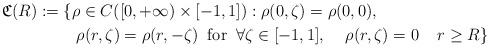
LaTeX: \begin{align*}\mathfrak{C}(R):= \{ &\rho \in C([0,+\infty)\times[-1,1]) : \rho(0,\zeta)=\rho(0,0),\\&\;\rho (r,\zeta)=\rho (r,-\zeta)\;\;\mbox{for}\;\; \forall \zeta\in[-1,1], \;\; \;\;\rho(r,\zeta)=0\;\; \;\; r\geq R \}\end{align*}